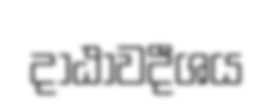
දාඨාවදීශය